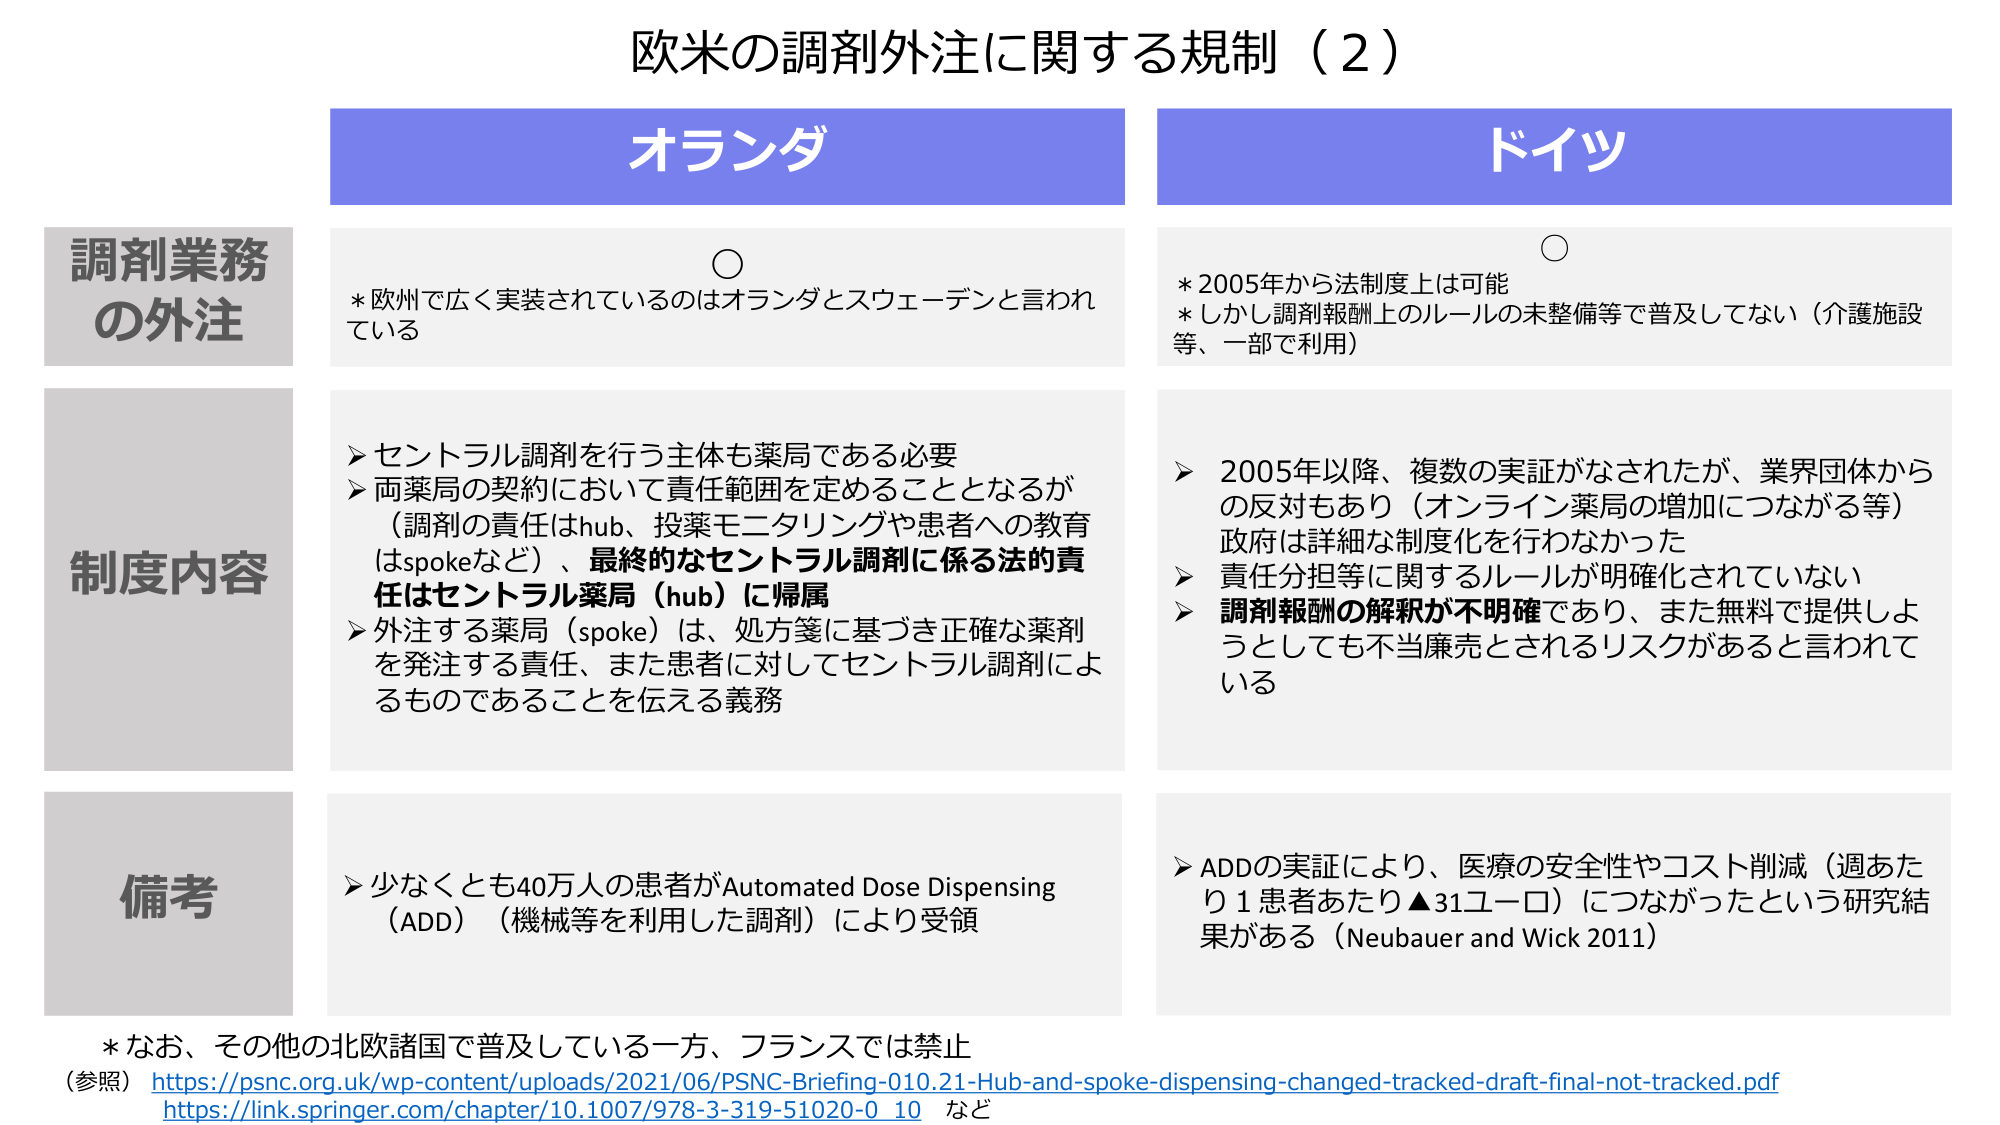
欧米の調剤外注に関する規制（2）

調剤業務
の外注

オランダ

○
* 欧州で広く実装されているのはオランダとスウェーデンと言われている

ドイツ

○
* 2005年から法制度上は可能
* しかし調剤報酬上のルールの未整備等で普及してない（介護施設等、一部で利用）

制度内容

➤ セントラル調剤を行う主体も薬局である必要
➤ 両薬局の契約において責任範囲を定めることとなるが（調剤の責任はhub、投薬モニタリングや患者への教育はspokeなど）、最終的なセントラル調剤に係る法的責任はセントラル薬局（hub）に帰属
➤ 外注する薬局（spoke）は、処方箋に基づき正確な薬剤を発注する責任、また患者に対してセントラル調剤によるものであることを伝える義務

➤ 2005年以降、複数の実証がなされたが、業界団体からの反対もあり（オンライン薬局の増加につながる等）政府は詳細な制度化を行わなかった
➤ 責任分担等に関するルールが明確化されていない
➤ 調剤報酬の解釈が不明確であり、また無料で提供しようとしても不当廉売とされるリスクがあると言われている

備考

➤ 少なくとも40万人の患者がAutomated Dose Dispensing（ADD）（機械等を利用した調剤）により受領

➤ ADDの実証により、医療の安全性やコスト削減（週あたり1患者あたり▲31ユーロ）につながったという研究結果がある（Neubauer and Wick 2011）

* なお、その他の北欧諸国で普及している一方、フランスでは禁止
（参照）https://psnc.org.uk/wp-content/uploads/2021/06/PSNC-Briefing-010.21-Hub-and-spoke-dispensing-changed-tracked-draft-final-not-tracked.pdf
https://link.springer.com/chapter/10.1007/978-3-319-51020-0_10 など